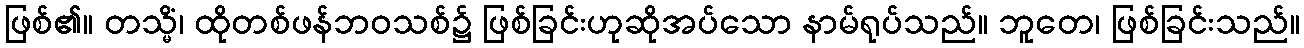
ဖြစ်၏။ တသ္မိံ၊ ထိုတစ်ဖန်ဘဝသစ်၌ ဖြစ်ခြင်းဟုဆိုအပ်သော နာမ်ရုပ်သည်။ ဘူတေ၊ ဖြစ်ခြင်းသည်။